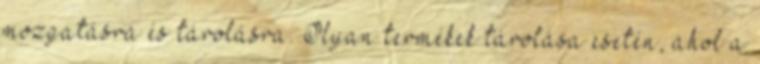
mozgatásra és tárolásra. Olyan termékek tárolása esetén, ahol a